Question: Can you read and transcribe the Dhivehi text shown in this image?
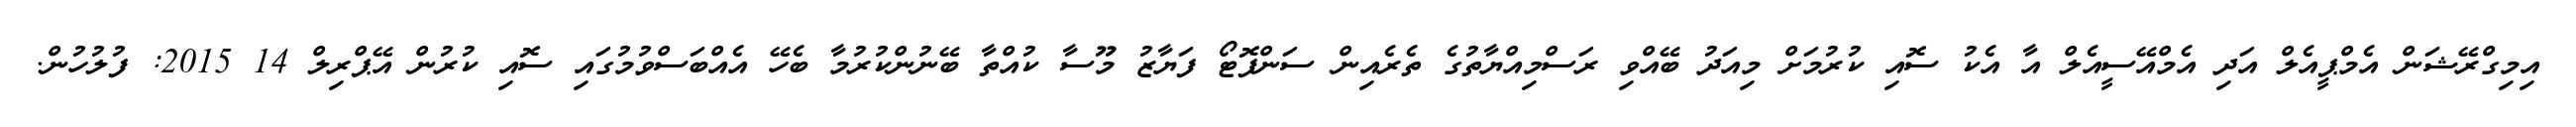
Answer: އިމިގްރޭޝަން އެމްޕީއެލް އަދި އެމްއޭސީއެލް އާ އެކު ސޮއި ކުރުމަށް މިއަދު ބޭއްވި ރަސްމިއްޔާތުގެ ތެރެއިން ސަންފޮޓޯ ފަޔާޒު މޫސާ ކުއްތާ ބޭނުންކުރުމާ ބެހޭ އެއްބަސްވުމުގައި ސޮއި ކުރުން އޭޕްރިލް 14 2015: ފުލުހުން.